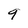
Character: 9